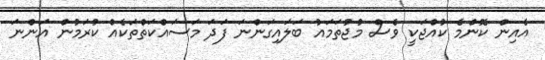
އެއިން ކޮންމެ ކުއްޖަކީ ވެސް މުޖުތަމައު ބަލައިގަންނަ ފަދަ މަސައްކަތްތަކެއް ކުރަމުން އަންނަ